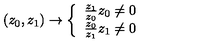
\left( z _ { 0 } , z _ { 1 } \right) \rightarrow \left\{ \begin{array} { c } { \frac { z _ { 1 } } { z _ { 0 } } z _ { 0 } \neq 0 } \\ { \frac { z _ { 0 } } { z _ { 1 } } z _ { 1 } \neq 0 } \\ \end{array} \right.